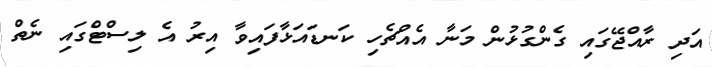
އަދި ރާއްޖޭގައި ގެންގުޅުން މަނާ އެއްޗެހި ކަނޑައަޅާފައިވާ އިރު އެ ލިސްޓްގައި ނެތް